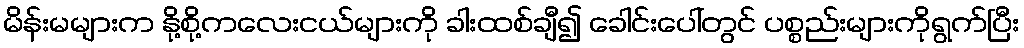
မိန်းမများက နို့စို့ကလေးငယ်များကို ခါးထစ်ချီ၍ ခေါင်းပေါ်တွင် ပစ္စည်းများကိုရွက်ပြီး